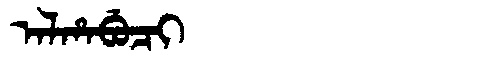
Manchu: ᠠᠯᡥᠠᠪᡠᠴᡳ
Romanization: ALHABUCI